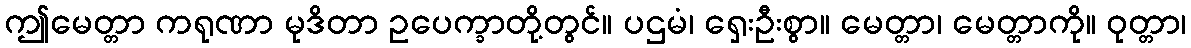
ဤမေတ္တာ ကရုဏာ မုဒိတာ ဥပေက္ခာတို့တွင်။ ပဌမံ၊ ရှေးဦးစွာ။ မေတ္တာ၊ မေတ္တာကို။ ဝုတ္တာ၊